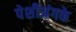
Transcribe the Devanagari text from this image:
पेशीअंगके